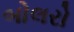
બોલરો